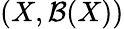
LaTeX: (X,{\mathcal{B}}(X))